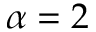
\alpha = 2